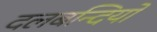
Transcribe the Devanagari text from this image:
दलबन्दियों